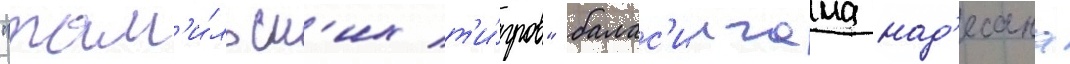
"там'и́льск'их т'и́гров" балас'ингама над'есана